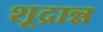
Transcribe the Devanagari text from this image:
शूद्रान्न